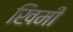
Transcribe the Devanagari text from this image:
खिमी